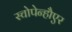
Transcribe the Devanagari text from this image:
स्चोपेन्हौएर